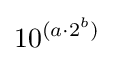
10^{(a\cdot 2^{b})}